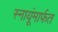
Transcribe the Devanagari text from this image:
स्नायूंमार्फत